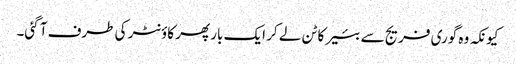
کیونکہ وہ گوری فریج سے بئیر کا ٹن لے کر ایک بار پھر کاؤنٹر کی طرف آ گئی۔